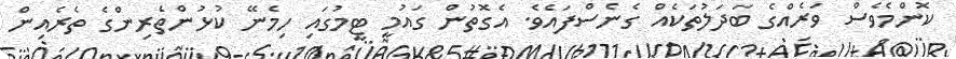
ކޮންމެވެސް ވަރެއްގެ ބަދަލުތަކެއް ގެނެސްފައެވެ. އެގޮތުން ގައުމީ ޓީމުގައި ހިމެނޭ ކުޅުންތެރިންގެ ތެރެއިން